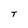
Character: T